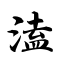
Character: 溘